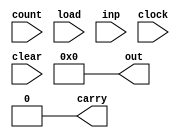
module counterBehaviroal(count, load, inp, clock, clear, out, carry);

input count, load, clock, clear;
input [0:3] inp;

output carry;
output [0:3] out=0;

reg [0:3] out;
assign carry = count & ~load & (out == 4'b1111);

always @ (posedge clock)
if (load) out = inp;
else if (count) out = out + 1'b1;
else out = out;
  
always @ (negedge clear)
out=4'b0000;

endmodule